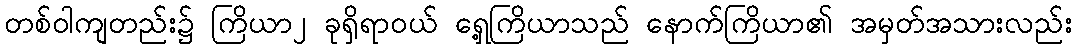
တစ်ဝါကျတည်း၌ ကြိယာ၂ ခုရှိရာဝယ် ရှေ့ကြိယာသည် နောက်ကြိယာ၏ အမှတ်အသားလည်း